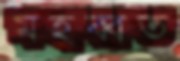
মহব্বত